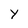
Character: y